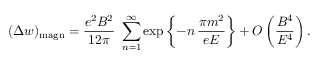
( \Delta w ) _ { \mathrm { m a g n } } = \frac { e ^ { 2 } { \cal B } ^ { 2 } } { 1 2 \pi } \ \sum _ { n = 1 } ^ { \infty } \exp \left\{ - n \, \frac { \pi m ^ { 2 } } { e { \cal E } } \right\} + O \left( \frac { { \cal B } ^ { 4 } } { { \cal E } ^ { 4 } } \right) .